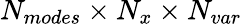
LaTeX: N_{modes}\times N_{x}\times N_{var}